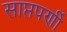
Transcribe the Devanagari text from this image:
साप्तपर्णी